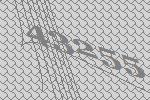
43255